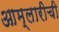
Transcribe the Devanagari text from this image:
आम्लारीची